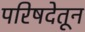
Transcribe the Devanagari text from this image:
परिषदेतून